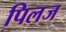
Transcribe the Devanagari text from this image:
पिलज